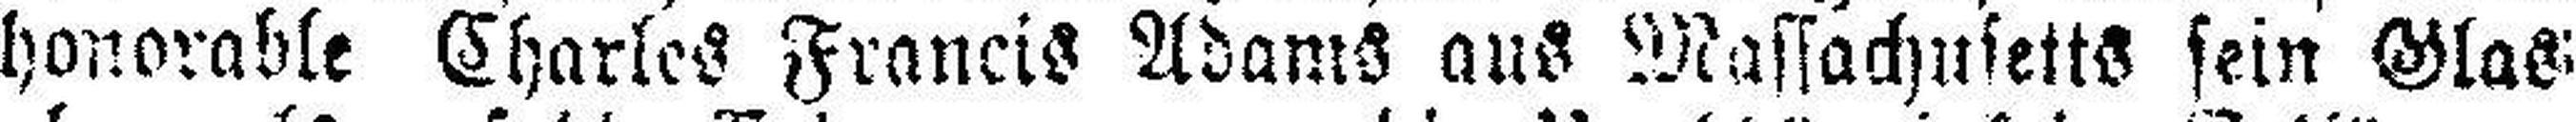
honorable Charles Francis Adams aus Massachusetts sein Glas